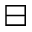
\boxminus